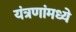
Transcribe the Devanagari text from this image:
यंत्रणांमध्ये